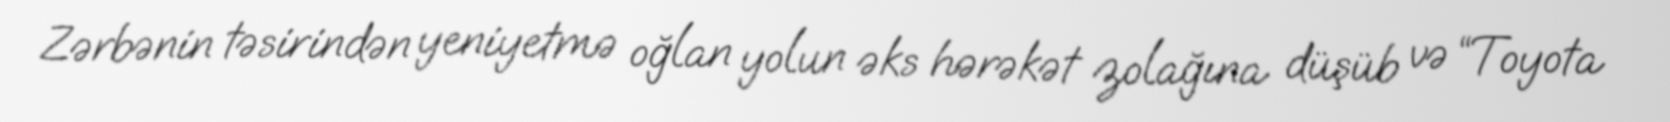
Zərbənin təsirindən yeniyetmə oğlan yolun əks hərəkət zolağına düşüb və “Toyota